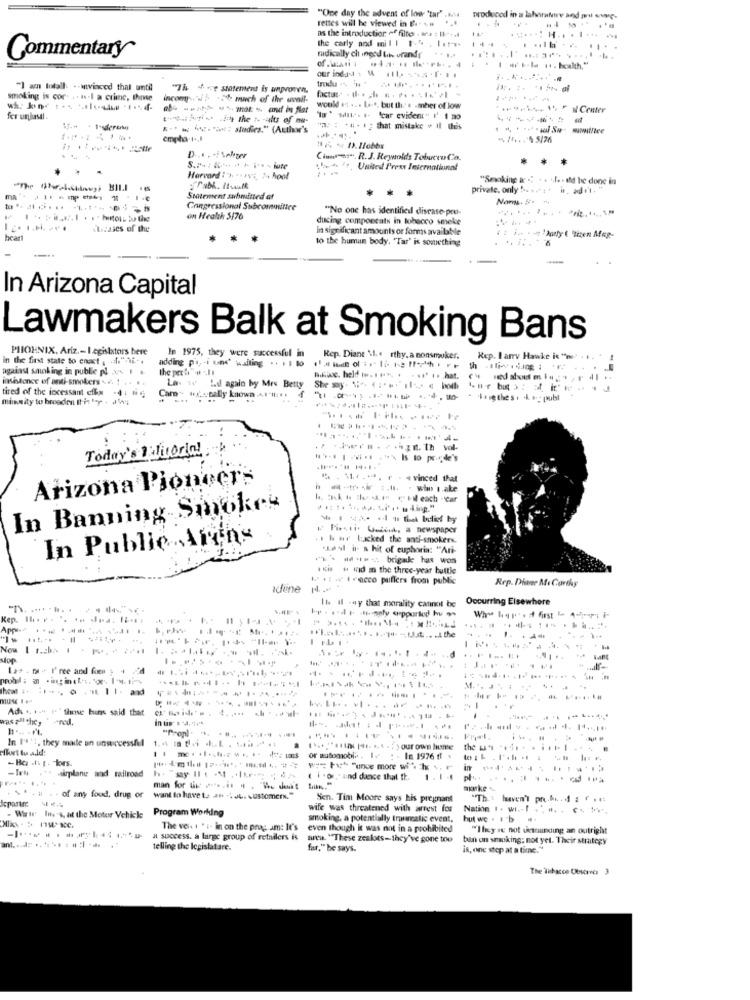
rettes will be viewed in B & #
"One day the advent of low "tar' .....
produced in a lahora
as the introduction of filte - Ma : Il -...
the carly and mill 1-3 , let's+
Commentary
radically ch ingod th urandr
trdu ... '
"I am totalk .- wwvinced that until
"7h +ve statement is unproven.
smoking is cor. . . w.I a crime, those
incomp- 5 -5% much of the uvedl-
------
---------
would et ... Last, but thes .mher of low
fer unhasal.
---------
"Is" wale. 1- Scar evident" I' I no
". : +4 - 1 ; that mistake + Il this
empha.t ., I
Cintas". R.J. Reynolds Tobacru Co.
*
...
.: + ", United Press International
Horvard : ***** v4, 24 hool
"Smoking ir . . . .... . id be done in
private, only "o. s .t . in, adi't."
ma
Statement submitted af
Nany. 5.
Congressional Subcommittee
"No one has identifical disease-pou-
on Health 5/76
ducing componcats in tobacco smoke
Atcases of the
In significant amounts or forms available
heart
to the human body. "Tar' is something
In Arizona Capital
Lawmakers Balk at Smoking Bans
PHOENIX, Ariz .- Legislators here
In 1975, they were successful in
in the first state to enact , "ii -.
adding pir, - i und' waiting .. 11 10
Rep. Diane \. . rthy. a nonsmoker.
Rep. I arv Hawke is "me. . .
against smoking in public pl 2 1 .
th
Lan º Ld again by Mrs Betty
tired of the incessant eflix
minsity to broaden itis - -
Cam- wux mally known .... "#: ..
· Sigthes. **- publ
Today's Valloria!
.... . .... .** Is to perde's
Arizona Pioneers
. ..... r . # vinced that
In Banning-Smokey
No 1 43- +1 + that belief by
Firsti. U.tenk, a newspaper
In Public Areas
.1 h wr Lucked the anti-smokers.
ALasl in a hit of euphoria: "Ari-
Kis H lid in the three-year bultle
W .1- taco puffers from public
Rep. Diane Mi Carthy
adiine
It il -ay that morality cannot be
Occurring Elsewhere
Kep. Il. v .
.. ......
.La ....... . ...... the
No 1 ..----------
----
1.2+ . [ + I' ree and foe : + 224
M. . ...
muse Ier
-.........-.
Ada +, 1 -4 """ these buns said that
-
. ..
was all they ned,
"Propl. ..
In I''t, they made an unsuccessful
-Bci -- 1. les.
or automobil .. Le
. In 1976 ff +
** Himplane and railroad
An
( i . on, and dance that th.
1.14
..... . . of any food, drug or
man for &e --- i .. he dont -un.
munke ~
want to have t. as .144. customers."
Sen. Tim Moore says his pregnant
- Wirir Ius-s, at the Motor Vehicle Program Working
Program Working
wife was threatened with arrest fos
Nation 1 . WI .. . . #. . C. W.
smoking, a potentially trumatic event,
but we . 1 b
The voi. 1 " :- in on the prag am: It's
even though it was not in a prohibited
"They re not uetrainding an outright
a success. a large group of retailers is
Brew. "These zealots-they've gone too
ban on smoking: not yet. Their strategy
telling the legislafare.
far," he says.
is, one step at a time.
The Tobacco Observes 3